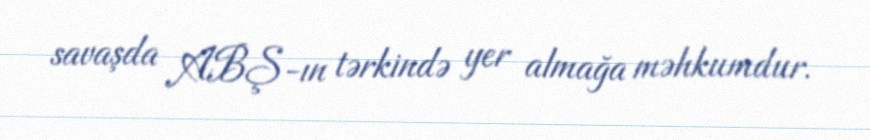
savaşda ABŞ-ın tərkində yer almağa məhkumdur.